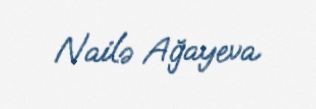
Nailə Ağayeva